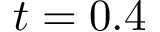
t = 0 . 4